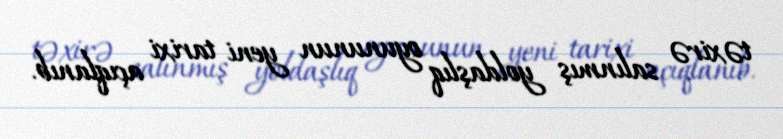
təxirə salınmış yoldaşlıq oyununun yeni tarixi açıqlanıb.